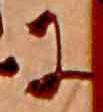
に